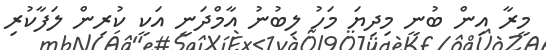
މީރާ އިން ބުނީ މިދިޔަ މަހު ލިބުނު އާމްދަނީ އަކީ ކުރިން ލަފާކުރި